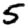
Digit: 5